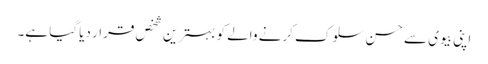
اپنی بیوی سے حسن سلوک کرنے والے کو بہترین شخص قرار دیا گیا ہے۔